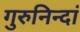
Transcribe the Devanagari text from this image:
गुरुनिन्दां